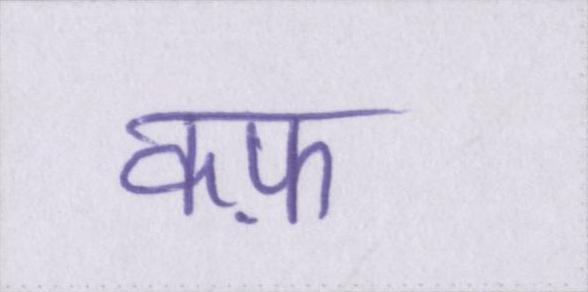
कफ़